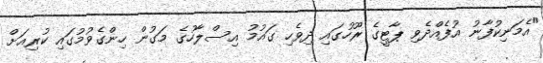
"އެމަނިކުފާނު އުފެއްދެވި ޕާޓީގެ ރޫހުގައި ދިވެހި ގައުމު އިސްލާހުގެ މަގުން ހިންގެވުމުގައި ކުރިއަށް